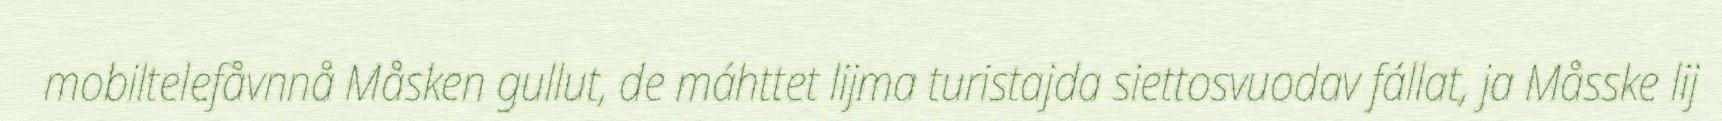
mobiltelefåvnnå Måsken gullut, de máhttet lijma turistajda siettosvuodav fállat, ja Måsske lij